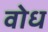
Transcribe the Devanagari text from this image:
वोध